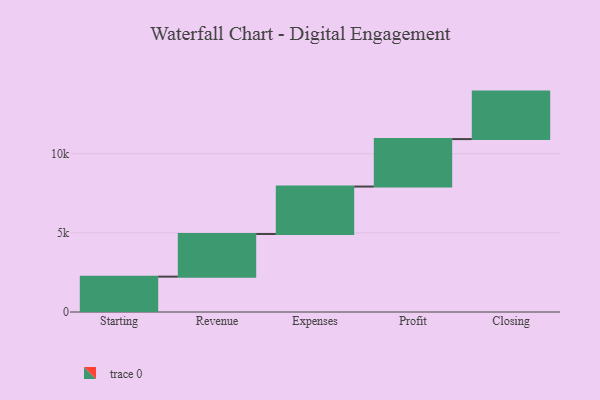
{"axis": {"x": "Step", "y": "Value"}, "legend": [""], "data": [{"x": "Starting", "y": 2235.0, "type": ""}, {"x": "Revenue", "y": 2692.0, "type": ""}, {"x": "Expenses", "y": 3000, "type": ""}, {"x": "Profit", "y": 3000, "type": ""}, {"x": "Closing", "y": 3000, "type": ""}]}